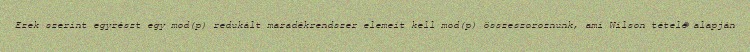
Ezek szerint egyrészt egy mod(p) redukált maradékrendszer elemeit kell mod(p) összeszoroznunk, ami Wilson tétele alapján